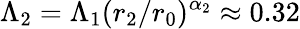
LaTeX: \Lambda_{2}=\Lambda_{1}(r_{2}/r_{0})^{\alpha_{2}}\approx 0.32